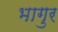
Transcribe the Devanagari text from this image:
भागुर